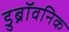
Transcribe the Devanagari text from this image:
डुब्रॉवनिक